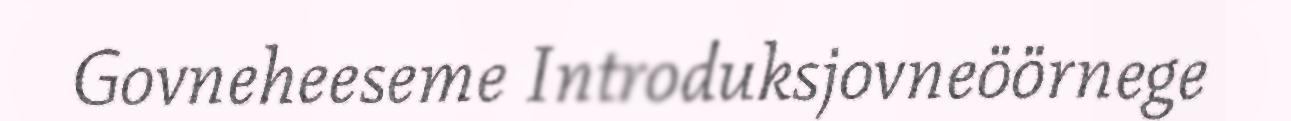
Govneheeseme Introduksjovneöörnege